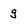
Character: g